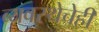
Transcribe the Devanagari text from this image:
व्यवस्थेचेही